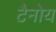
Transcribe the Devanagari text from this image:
टैनोय